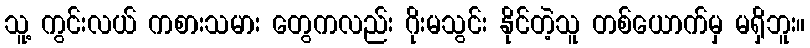
သူ့ ကွင်းလယ် ကစားသမား တွေကလည်း ဂိုးမသွင်း နိုင်တဲ့သူ တစ်ယောက်မှ မရှိဘူး။